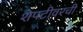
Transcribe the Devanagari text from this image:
शेपटीवरची